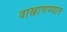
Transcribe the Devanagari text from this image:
वाखाणण्यात